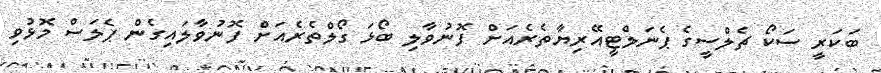
ބަކަރީ ސަކޯ ޗެލްސީގެ ޕެނަލްޓީއޭރިޔާތެރެއަށް ފޮނުވާލި ބޯޅަ ގޯލްތެރެއަށް ފޮނުވާލައިގެން ޕެލަސް މޮޅުވި